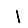
Digit: 1